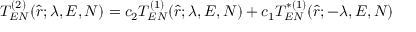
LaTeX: T _ { E N } ^ { ( 2 ) } ( \hat { r } ; \lambda , E , N ) = c _ { 2 } T _ { E N } ^ { ( 1 ) } ( \hat { r } ; \lambda , E , N ) + c _ { 1 } T _ { E N } ^ { * ( 1 ) } ( \hat { r } ; - \lambda , E , N )